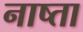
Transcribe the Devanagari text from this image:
नाष्ता